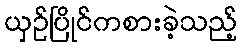
ယှဉ်ပြိုင်ကစားခဲ့သည့်